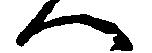
へ